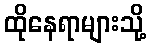
ထိုနေရာများသို့